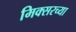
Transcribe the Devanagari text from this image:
मिक्सरच्या